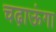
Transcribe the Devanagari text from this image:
चढ़ाऊंगा